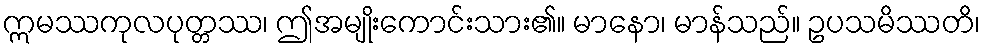
ဣမဿကုလပုတ္တဿ၊ ဤအမျိုးကောင်းသား၏။ မာနော၊ မာန်သည်။ ဥပသမိဿတိ၊